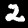
Label: 2